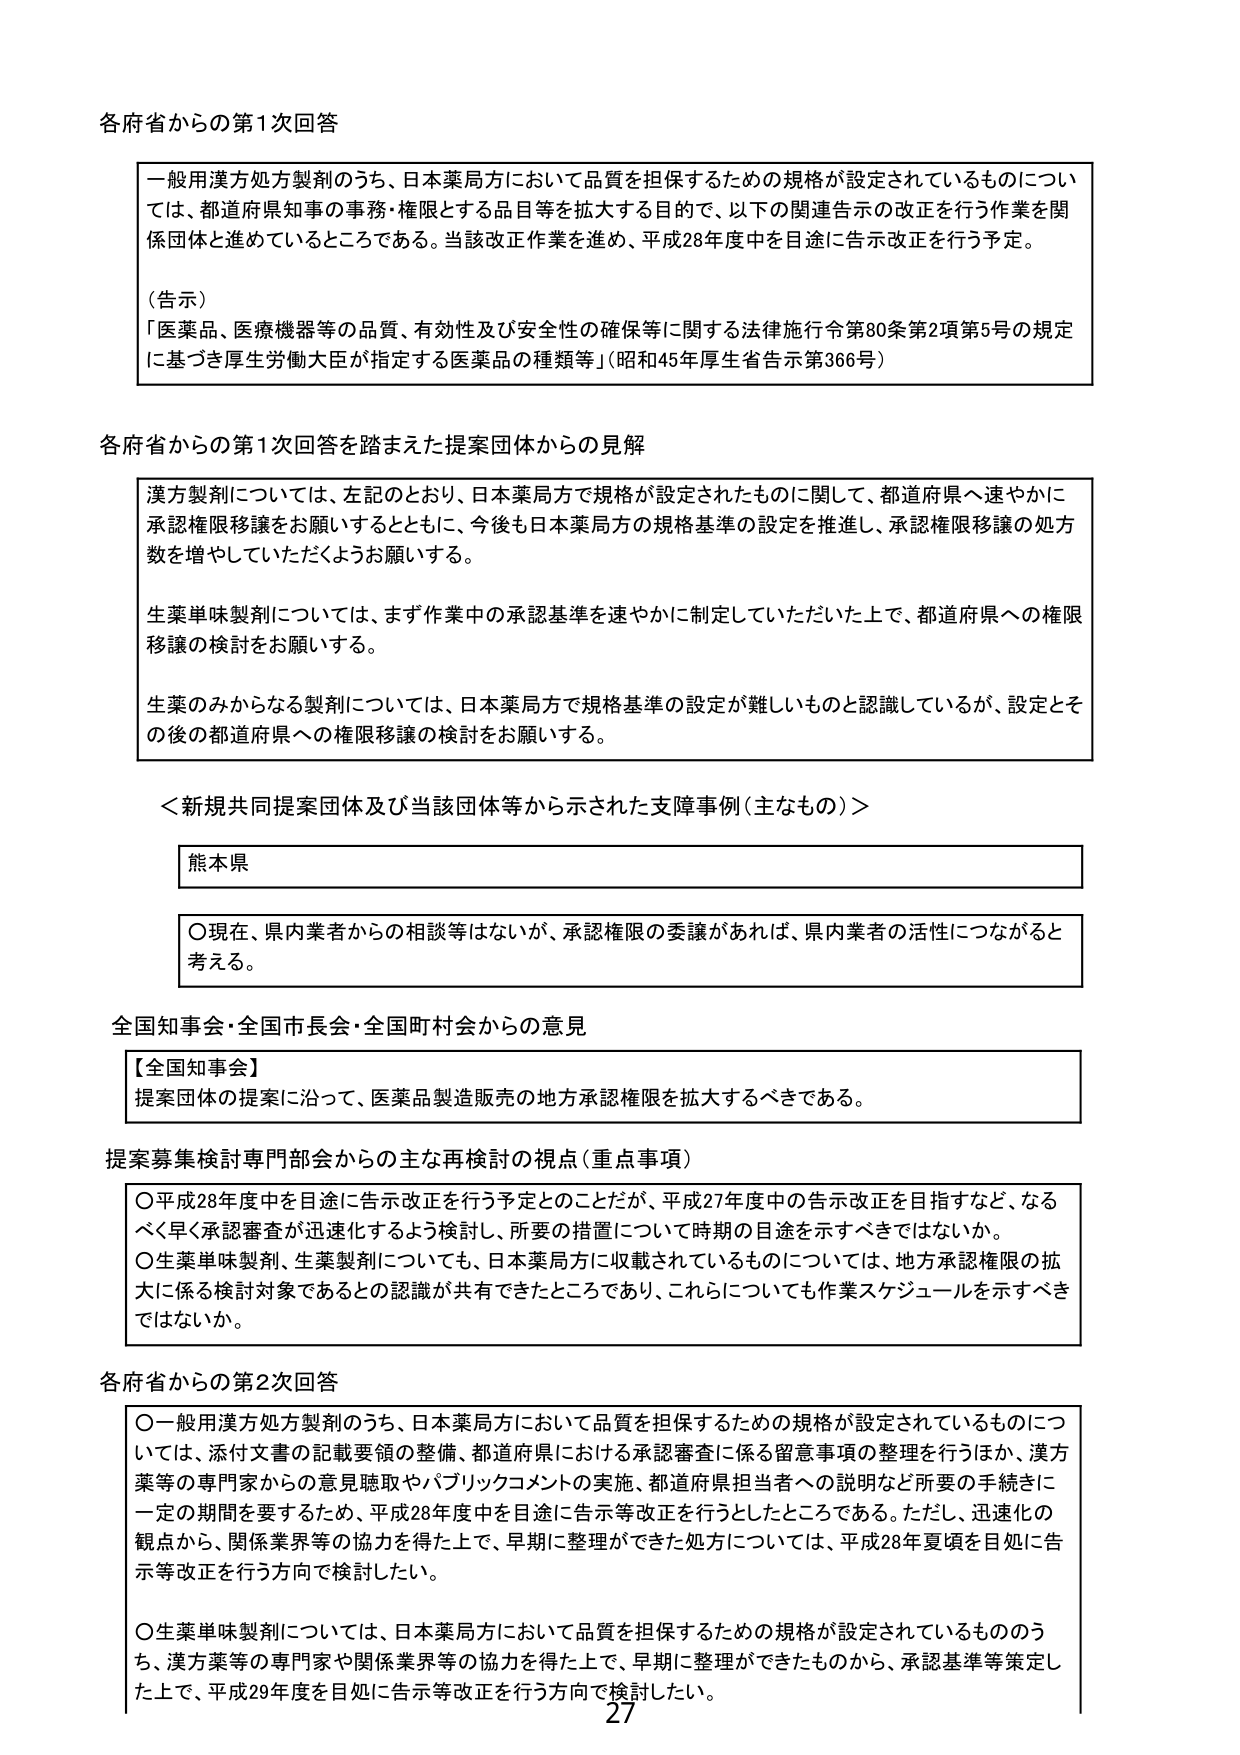
各府省からの第1次回答

一般用漢方処方製剤のうち、日本薬局方において品質を担保するための規格が設定されているものについては、都道府県知事の事務・権限とする品目等を拡大する目的で、以下の関連告示の改正を行う作業を関係団体と進めているところである。当該改正作業を進め、平成28年度中を目途に告示改正を行う予定。

（告示）
「医薬品、医療機器等の品質、有効性及び安全性の確保等に関する法律施行令第80条第2項第5号の規定に基づき厚生労働大臣が指定する医薬品の種類等」（昭和45年厚生省告示第366号）

各府省からの第1次回答を踏まえた提案団体からの見解

漢方製剤については、左記のとおり、日本薬局方で規格が設定されたものに関して、都道府県へ速やかに承認権限移譲をお願いするとともに、今後も日本薬局方の規格基準の設定を推進し、承認権限移譲の処方数を増やしていただくようお願いする。

生薬単味製剤については、まず作業中の承認基準を速やかに制定していただいた上で、都道府県への権限移譲の検討をお願いする。

生薬のみからなる製剤については、日本薬局方で規格基準の設定が難しいものと認識しているが、設定とその後の都道府県への権限移譲の検討をお願いする。

＜新規共同提案団体及び当該団体等から示された支障事例（主なもの）＞

熊本県

〇現在、県内業者からの相談等はないが、承認権限の委譲があれば、県内業者の活性につながると考える。

全国知事会・全国市長会・全国町村会からの意見

【全国知事会】
提案団体の提案に沿って、医薬品製造販売の地方承認権限を拡大するべきである。

提案募集検討専門部会からの主な再検討の視点（重点事項）

〇平成28年度中を目途に告示改正を行う予定とのことだが、平成27年度中の告示改正を目指すなど、なるべく早く承認審査が迅速化するよう検討し、所要の措置について時期の目途を示すべきではないか。
〇生薬単味製剤、生薬製剤についても、日本薬局方に収載されているものについては、地方承認権限の拡大に係る検討対象であるとの認識が共有できたところであり、これらについても作業スケジュールを示すべきではないか。

各府省からの第2次回答

〇一般用漢方処方製剤のうち、日本薬局方において品質を担保するための規格が設定されているものについては、添付文書の記載要領の整備、都道府県における承認審査に係る留意事項の整理を行うほか、漢方薬等の専門家からの意見聴取やパブリックコメントの実施、都道府県担当者への説明など所要の手続きに一定の期間を要するため、平成28年度中を目途に告示等改正を行うとしたところである。ただし、迅速化の観点から、関係業界等の協力を得た上で、早期に整理ができた処方については、平成28年夏頃を目処に告示等改正を行う方向で検討したい。

〇生薬単味製剤については、日本薬局方において品質を担保するための規格が設定されているもののうち、漢方薬等の専門家や関係業界等の協力を得た上で、早期に整理ができたものから、承認基準等策定した上で、平成29年度を目処に告示等改正を行う方向で検討したい。

27